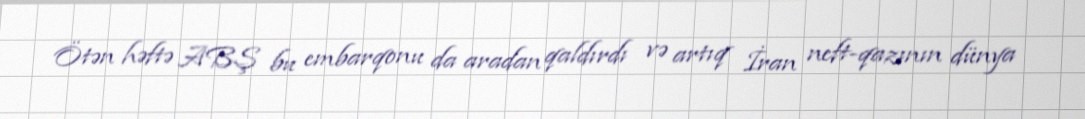
Ötən həftə ABŞ bu embarqonu da aradan qaldırdı və artıq İran neft-qazının dünya